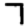
Digit: 7